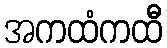
အကထံကထီ